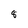
Character: 8